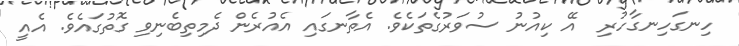
ހިނގަހިނގާހުރި  އޭ ކިއުނު ސުވަރުގެތަކެވެ. އެތާނގައި އެއުރެން ދެމިތިބެނިވި ގޮތުގައެވެ. އެއީ